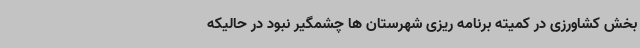
بخش کشاورزی در کمیته برنامه ریزی شهرستان ها چشمگیر نبود در حالیکه